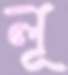
লূ